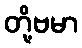
တို့ဗမာ